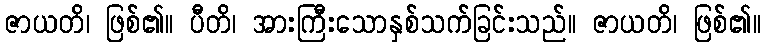
ဇာယတိ၊ ဖြစ်၏။ ပီတိ၊ အားကြီးသောနှစ်သက်ခြင်းသည်။ ဇာယတိ၊ ဖြစ်၏။